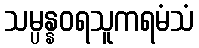
သမ္ပန္နဝရသူကရမံသံ